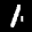
Label: 1